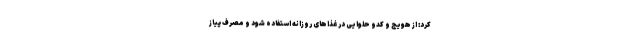
کرد: از هویج و کدو حلوایی در غذاهای روزانه استفاده شود و مصرف پیاز